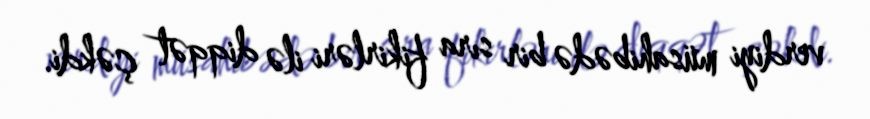
verdiyi müsahibədə bir sıra fikirləri ilə diqqət çəkdi.